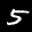
Label: 5